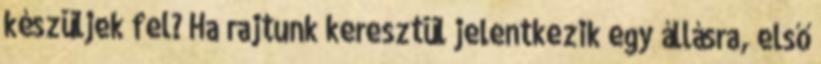
készüljek fel? Ha rajtunk keresztül jelentkezik egy állásra, első